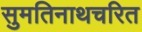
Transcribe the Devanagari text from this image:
सुमतिनाथचरित